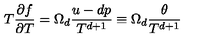
T \frac { \partial f } { \partial T } = \Omega _ { d } \frac { u - d p } { T ^ { d + 1 } } \equiv \Omega _ { d } \frac { \theta } { T ^ { d + 1 } }